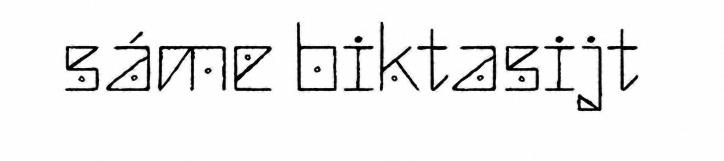
sáme biktasijt